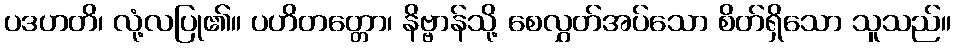
ပဒဟတိ၊ လုံ့လပြု၏။ ပဟိတတ္တော၊ နိဗ္ဗာန်သို့ စေလွှတ်အပ်သော စိတ်ရှိသော သူသည်။